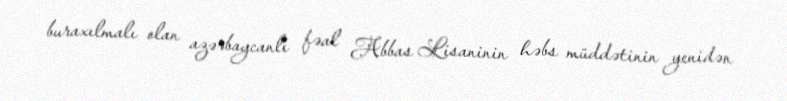
buraxılmalı olan azərbaycanlı fəal Abbas Lisaninin həbs müddətinin yenidən